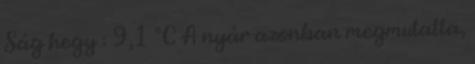
Ság hegy : 9,1 °C A nyár azonban megmutatta,